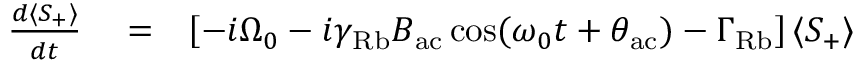
\begin{array} { r l r } { \frac { d \langle S _ { + } \rangle } { d t } } & { { } = } & { \left[ - i \Omega _ { 0 } - i \gamma _ { \mathrm { R b } } B _ { \mathrm { a c } } \cos ( \omega _ { 0 } t + \theta _ { \mathrm { a c } } ) - \Gamma _ { \mathrm { R b } } \right] \langle S _ { + } \rangle } \end{array}